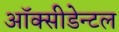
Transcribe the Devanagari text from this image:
ऑक्सीडेन्टल